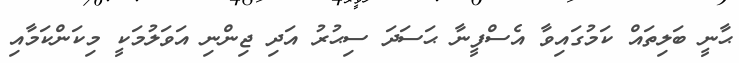
ޙާނީ ބަލިތައް ކަމުގައިވާ އެސްފީނާ ޙަސަދަ ސިޙުރު އަދި ޖިންނި އަވަލުމަކީ މިކަންކަމާއި